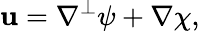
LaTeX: \boldsymbol{\mathbf{u}}=\nabla^{\perp}\psi+\nabla\chi,